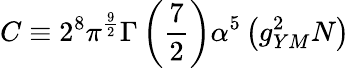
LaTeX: C\equiv 2^{8}\pi^{\frac{9}{2}}\Gamma\left({\frac{7}{2}}\right)\alpha^{5}\left(g_{YM}^{2}N\right)